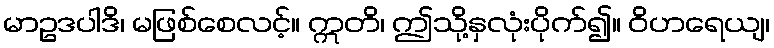
မာဥဒပါဒိ၊ မဖြစ်စေလင့်။ ဣတိ၊ ဤသို့နှလုံးပိုက်၍။ ဝိဟရေယျ၊